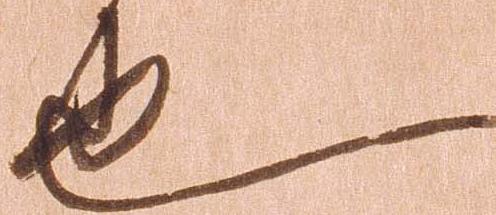
也